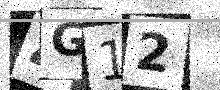
Text: 4G12